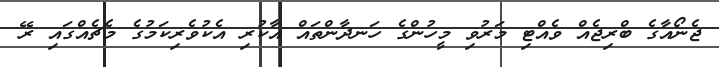
ޖެނޯއާގެ ބްރިޖެއް ވެއްޓި މަރުވި މީހުންގެ ހަނދާންތައް އާކުރި އެކުވެރިކަމުގެ މެޗެއްގައި ރޭ